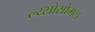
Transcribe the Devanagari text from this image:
ल्य्सोसोमल